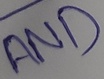
Text: AND